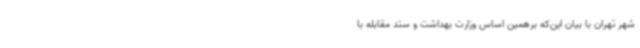
شهر تهران با بیان این‌که برهمین اساس وزارت بهداشت و ستد مقابله با